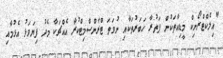
"އިލެކްޓްރޯނިކް މީޑިއާތަކުން ފަތުރާ ހަބަރުތަކާއި ނުވަތަ ޓްރާންސްމިޓްކުރާ އެއްޗަކާ މެދު ފިޔަވަޅު އެޅުމާއި